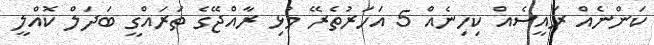
ކަންނެއް ރައީސެއް ކިހިނެއް 5 އަހަރުތެރޭ މުޅި ރާއްޖޭގެ ތަރައްގީ ބަދަލް ކޮއްލީ